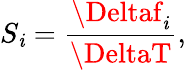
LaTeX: S_{\mathit{i}}=\frac{{\Deltaf_{\mathit{i}}}}{{\DeltaT}},